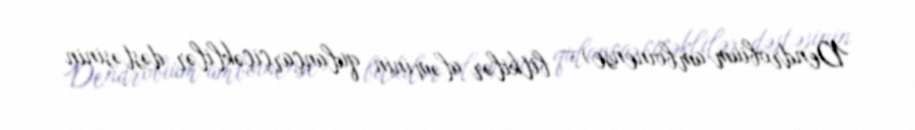
Dendrobium amboinense) — bitkilər aləminin qulançarçiçəklilər dəstəsinin